Report of the Indian Hemp Drugs Commission, 1894-1895 - Volume VI
Year: 1894
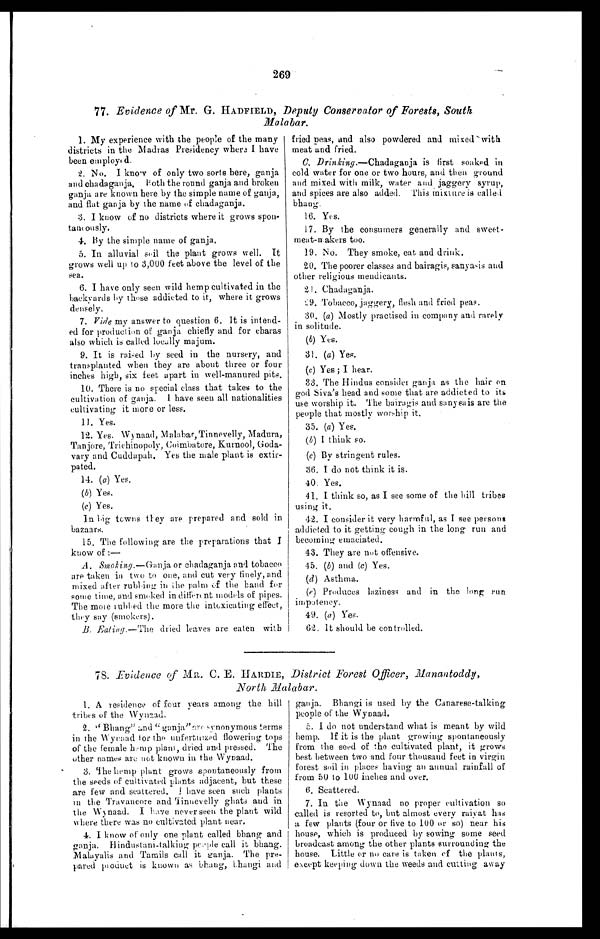
269
77. Evidence of Mr. G. HADFIELD, Deputy Conservator of Forests, South
Malabar.
1. My experience with the people of the many
districts in the Madras Presidency where I have
been employed.
2. No. I know of only two sorts here, ganja,
and chadaganja. both the round ganja and broken
ganja are known here by the simple name of ganja,
and flat ganja by the name of chadaganja.
3. I know of no districts where it grows spon-
tancously.
4. By the simple name of ganja.
5. In alluvial soil the plant grows well. It
grows well up to 3,000 feet above the level of the
sea.
6. I have only seen wild hemp cultivated in the
backyards by these addicted to it, where it grows
densely.
7. Vide my answer to question 6. It is intend-
ed for production of ganja chiefly and for charas
also which is called locally majum.
9. It is raised by seed in the nursery, and
transplanted when they are about three or four
inches high, six feet apart in well-manured pits.
10. There is no special class that takes to the
cultivation of ganja. I have seen all nationalities
cultivating it more or less.
11. Yes.
12. Yes. Wynaad, Malabar, Tinnevelly, Madura,
Tanjore, Trichinopoly, Coimbatore, Kurnool, Goda
-vary and Cuddapah. Yes the male plant is extir
- p a t e d .
14. ( a) Yes.
(b) Yes.
(c) Yes.
In big towns they are prepared and sold in
bazaars.
15. The following are the preparations that
know of : –
A. Smokimy.—Ganja or chadaganja and tobacco
are taken in two to one, and cut very finely, and
mixed after rubling in the palm of the band for
some time, and smoked in different models of pipes.
The mole rubbed the more the intoxicating effect,
-they say (smokers).
B. Ealing.—The dried leaves are eaten with
fried peas, and also powdered and mixed with
meat and fried.
C . D r i n k i n g . — C h a d a g a n j a i s f i r s t s o a k e d i n
cold water for one or two hours, and then ground
and mixed with milk, water and jaggery syrup,
and spices are also added. Tins mixture is called
bhang.
16. Yes.
17. By the consumers generally and sweet
-meat-makers too.
19. No. They smoke, eat and drink.
20. The poorer classes and bairagis, sanyasis and
other religious mendicants.
21. Chadagauja.
29. Tobacco, piggery,, flesh and fried peas.
30. (a) Mostly practised in company and rarely
in solitude.
(b) Yes.
31. (a) Yes.
(c) Yes ; I hear.
33. The Hindus consider ganja as the hair on
god Siva's head and some that are addicted to its
use worship it. The bairagis and sany ea is are the
people that mostly worship it.
35. (a) Yes.
(b) I think so.
(c) By stringent rules.
36. I do not think it is.
40. Yes.
41. I think so, as I see some of the hill tribes
using it.
42. I consider it very harmful, as I see persons
addicted to it getting cough in the long run and
becoming emaciated.
43. They are not offensive.
45. (b) and (c) Yes.
(d) Asthma.
(e) Produces laziness and in the long run
impotency.
49. (a) Yes.
62. It should be controlled.
78. Evidence of MR. C. E. HARDIE, District Forest Officer, Manantoddy,
North Malabar.
1. A residence of four years among the hill
tribes of the Wynaad.
2. "Bhang" and "ganja" are synonymous terms
in the Wyeaad for the unfertilized flowering tops
of the female hemp plant, dried and pressed. The
other names are not known in the Wynaad.
3. The hemp plant grows spontaneously from
the seeds of cultivated plants adjacent, hut these
are few and scattered. I have seen such plants
in the Travancore and Tinnevelly ghats and in
the Wynaad. I have never seen the plant wild
W here there was no cultivated plant near.
4. I know of only one plant called bhang and
ganja. Hindustani-talking people call it bhang.
Malayans and Tamils call it ganja. The pre
- p a r e d p r o d u c t i s k n o w n a s b h a n g ,
a n d
ganja. Bhangi is used by the Canarese-talking
people of the Wynaad.
5. I do not understand what is meant by wild
hemp. if it is the plant growing spontaneously
from the seed of the cultivated plant, it grows
best between two and four thousand feet in virgin
forest soil in places having an annual rainfall of
from 50 to 100 inches and over.
6. Scattered.
7. In the Wynaad no proper cultivation so
called is resorted to, but almost every raiyat has
a few plants (four or five to 100 or so) near his
house, which is produced by sowing some seed
broadcast among the other plants surrounding the
house. Little or no care is token of the plants,
except keeping down the weeds and cutting away